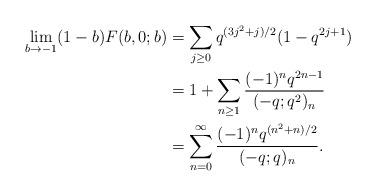
LaTeX: \begin{align*}\lim_{b\rightarrow-1}(1-b)F(b,0;b)&= \sum_{j\geq 0} q^{{(3j^2+j)}/{2}}(1-q^{2j+1})\\ &=1 + \sum_{n\geq 1} \frac{(-1)^n q^{2n-1}}{(-q;q^2)_n}\\ &= \sum_{n=0}^\infty \frac{(-1)^n q^{(n^2+n)/2}}{(-q;q)_n}.\end{align*}